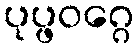
ပုပ္ဖဝဂ္ဂေ